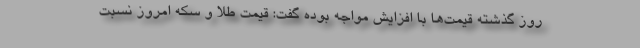
روز گذشته قیمت‌ها با افزایش مواجه بوده گفت: قیمت طلا و سکه امروز نسبت